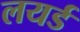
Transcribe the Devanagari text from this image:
लयर्ड